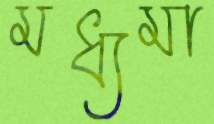
মধ্যমা